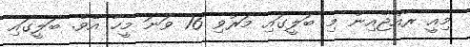
މިއީ ރާއްޖެއިން މި ބަލީގައި މަރުވި 16 ވަނަ މީހާ އެވެ. ބަލީގައި